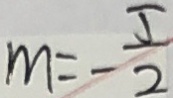
m = - \frac { 5 } { 2 }